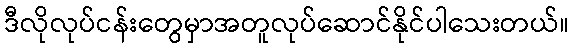
ဒီလိုလုပ်ငန်းတွေမှာအတူလုပ်ဆောင်နိုင်ပါသေးတယ်။